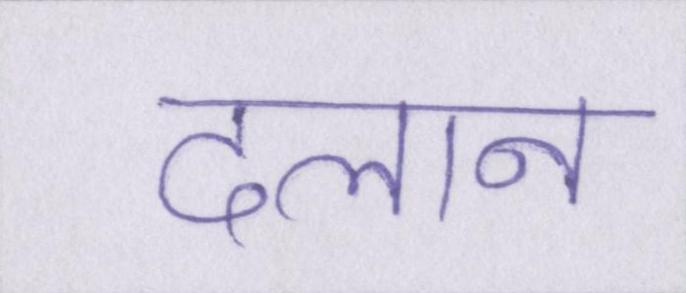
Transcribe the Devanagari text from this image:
दलान